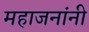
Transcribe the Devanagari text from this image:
महाजनांनी